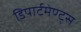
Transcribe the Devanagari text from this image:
डिपार्टमेण्ट्स